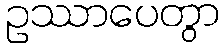
ဥဿာပေတွာ